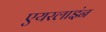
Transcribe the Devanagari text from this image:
एयरलाइंन